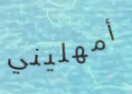
أمهليني